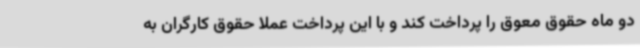
دو ماه حقوق معوق را پرداخت کند و با این پرداخت عملا حقوق کارگران به